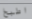
اطبخ